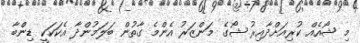
މި ޝޯއެއް ކުރިއަށްދާއިރު ޝޯގެ މަންޒަރު އެންމެ ގާތުން ބަލަމުންދާ އެކަކަކީ ޑިންބާ